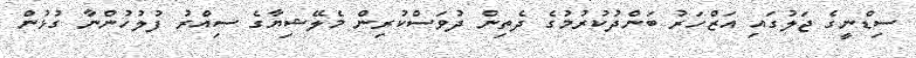
ސިޑްނީގެ ޖަލުގައި އަޒްހަރު ބަންދުކުރުމުގެ ދެތިން ދުވަސްކުރިން މެލޭޝިޔާގެ ސިއްރު ފުލުހުންނާ ގުޅުން